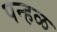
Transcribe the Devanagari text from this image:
पन्हळ